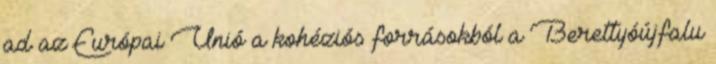
ad az Európai Unió a kohéziós forrásokból a Berettyóújfalu